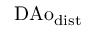
\mathrm { D A o } _ { \mathrm { d i s t } }